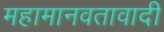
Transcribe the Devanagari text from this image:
महामानवतावादी